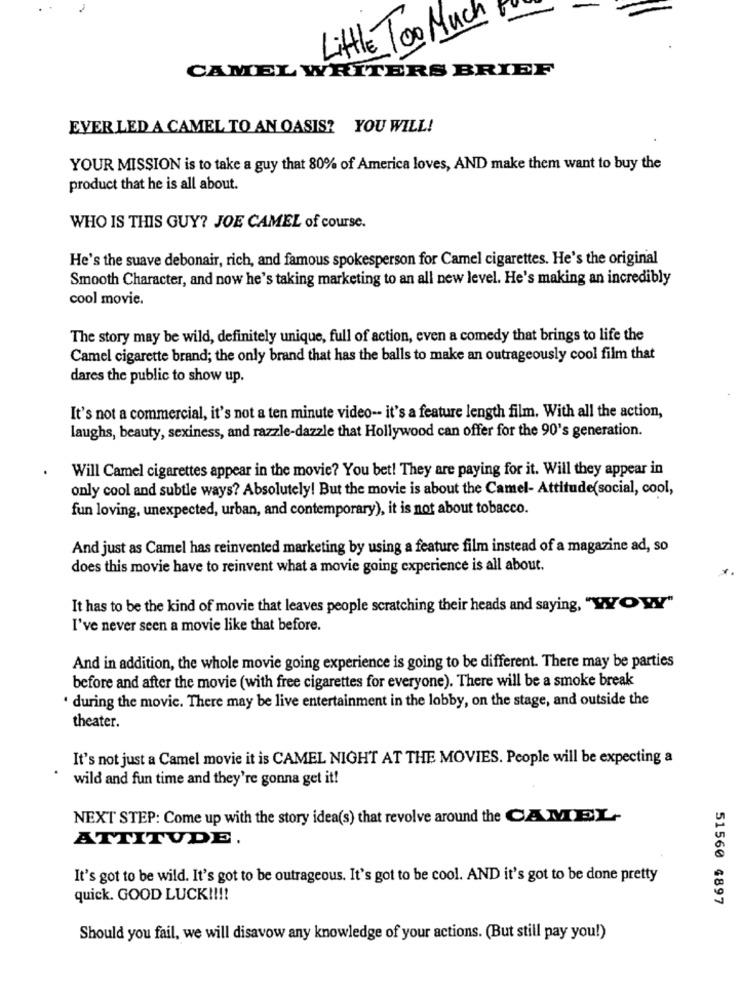
Little Too Much
CAMEL WRITERS BRIEF
EVER LED A CAMEL TO AN OASIS? YOU WILL!
YOUR MISSION is to take a guy that 80% of America loves, AND make them want to buy the
product that he is all about.
WHO IS THIS GUY? JOE CAMEL of course.
He's the suave debonair, rich, and famous spokesperson for Camel cigarettes. He's the original
Smooth Character, and now he's taking marketing to an all new level. He's making an incredibly
cool movie.
The story may be wild, definitely unique, full of action, even a comedy that brings to life the
Camel cigarette brand; the only brand that has the balls to make an outrageously cool film that
dares the public to show up.
It's not a commercial, it's not a ten minute video -- it's a feature length film. With all the action,
laughs, beauty, sexiness, and razzle-dazzle that Hollywood can offer for the 90's generation.
Will Camel cigarettes appear in the movie? You bet! They are paying for it. Will they appear in
only cool and subtle ways? Absolutely! But the movie is about the Camel- Attitude(social, cool,
fun loving, unexpected, urban, and contemporary), it is not about tobacco.
And just as Camel has reinvented marketing by using a feature film instead of a magazine ad, so
does this movie have to reinvent what a movie going experience is all about.
It has to be the kind of movie that leaves people scratching their heads and saying, "WOW"
I've never seen a movie like that before.
And in addition, the whole movie going experience is going to be different. There may be parties
before and after the movie (with free cigarettes for everyone). There will be a smoke break
. during the movie. There may be live entertainment in the lobby, on the stage, and outside the
theater.
It's not just a Camel movie it is CAMEL NIGHT AT THE MOVIES. People will be expecting a
wild and fun time and they're gonna get it!
NEXT STEP: Come up with the story idea(s) that revolve around the CAMEL-
ATTITUDE.
It's got to be wild. It's got to be outrageous. It's got to be cool. AND it's got to be done pretty
quick. GOOD LUCK !!!!
51560 4897
Should you fail, we will disavow any knowledge of your actions. (But still pay you!)